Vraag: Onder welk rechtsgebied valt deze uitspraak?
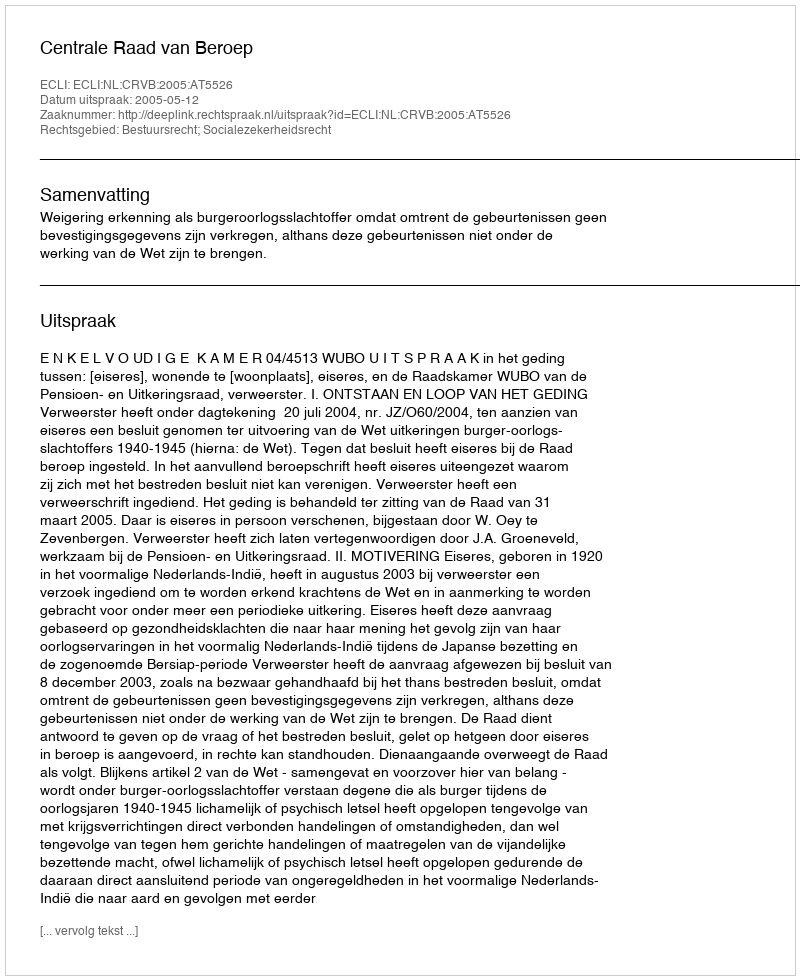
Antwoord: Bestuursrecht; Socialezekerheidsrecht